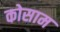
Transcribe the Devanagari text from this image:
कोसाम